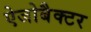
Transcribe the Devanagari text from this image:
ऐजोबैक्टर